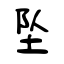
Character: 坠